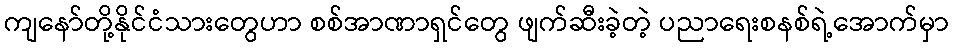
ကျနော်တို့နိုင်ငံသားတွေဟာ စစ်အာဏာရှင်တွေ ဖျက်ဆီးခဲ့တဲ့ ပညာရေးစနစ်ရဲ့အောက်မှာ